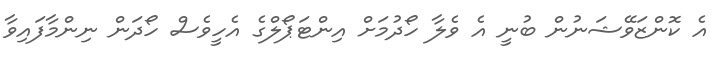
އެ ކޮންޒަވޭޝަނުން ބުނީ އެ ވެލާ ހޯދުމަށް އިންޓަޕޯލްގެ އެހީވެސް ހޯދަން ނިންމާފައިވާ